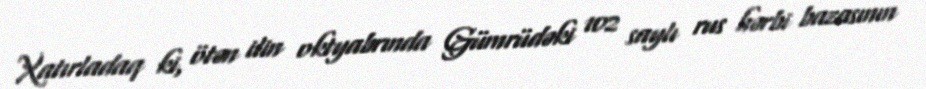
Xatırladaq ki, ötən ilin oktyabrında Gümrüdəki 102 saylı rus hərbi bazasının